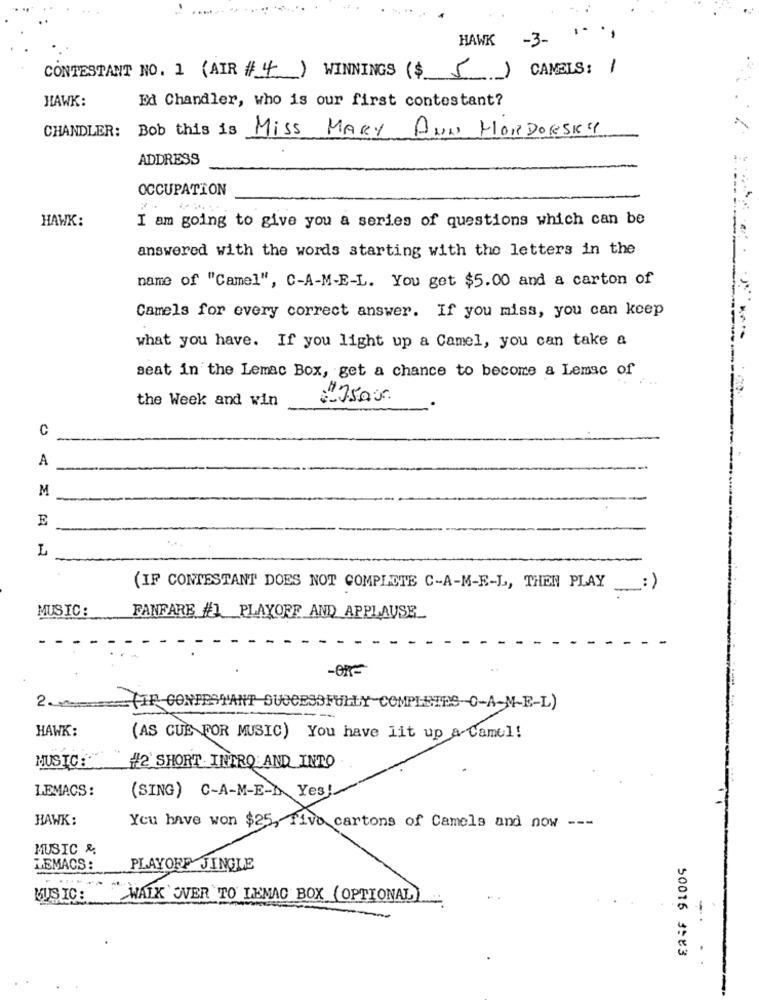
HAWK
-3-
CAMELS:
1
CONTESTANT NO. 1 (AIR #4) WINNINGS ($ 5)
Ed Chandler, who is our first contestant?
HAWK:
CHANDLER: Bob this is Miss MARY ANN MORDORSKY
ADDRESS
OCCUPATION
I am going to give you a series of questions which can be
HAWK:
answered with the words starting with the letters in the
name of "Camel", C-A-M-E-L. You get $5.00 and a carton of
Camels for every correct answer. If you miss, you can keep
what you have. If you light up a Camel, you can take a
seat in the Lemac Box, get a chance to become a Lemac of
the Week and win
C
A
M
E
L
(IF CONTESTANT DOES NOT COMPLETE C-A-M-E-L, THEN PLAY
-: )
MUSIC:
FANFARE #1 PLAYOFF AND APPLAUSE
2.
TIR CONPERTANT SUCCESSFULLY COMPLETES-C-A-M-E-L)
HAWK
(AS CUE FOR MUSIC) You have lit up a Camel !
MUSIC:
#2 SHORT INTRO AND INTO
LEMACS:
(SING) C-A-M-E-D Yes!
HAWK:
You have won $25, five cartons of Camels and now ---
MUSIC &
LEMACS :
PLAYOFF JINGLE
MUS IC :
WALK OVER TO LEMAC BOX (OPTIONAL)